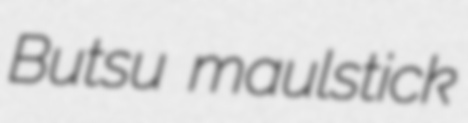
Butsu maulstick